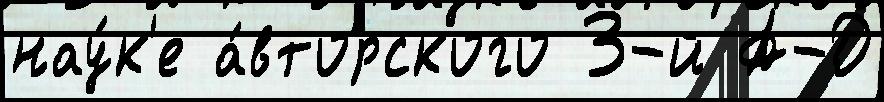
нау́к'е а́вторского 3-й А-Д